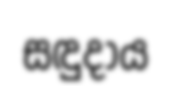
සඳුදාය